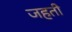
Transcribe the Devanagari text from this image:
जहती